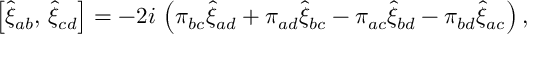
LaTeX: \left[ \hat { \xi } _ { a b } , \, \hat { \xi } _ { c d } \right] = - 2 i \, \left( \pi _ { b c } \hat { \xi } _ { a d } + \pi _ { a d } \hat { \xi } _ { b c } - \pi _ { a c } \hat { \xi } _ { b d } - \pi _ { b d } \hat { \xi } _ { a c } \right) ,